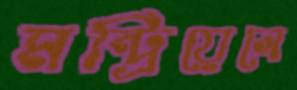
মন্ট্রিয়েলে